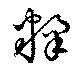
糅